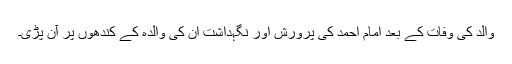
والد کی وفات کے بعد امام احمد کی پرورش اور نگہداشت اُن کی والدہ کے کندھوں پر آن پڑی۔